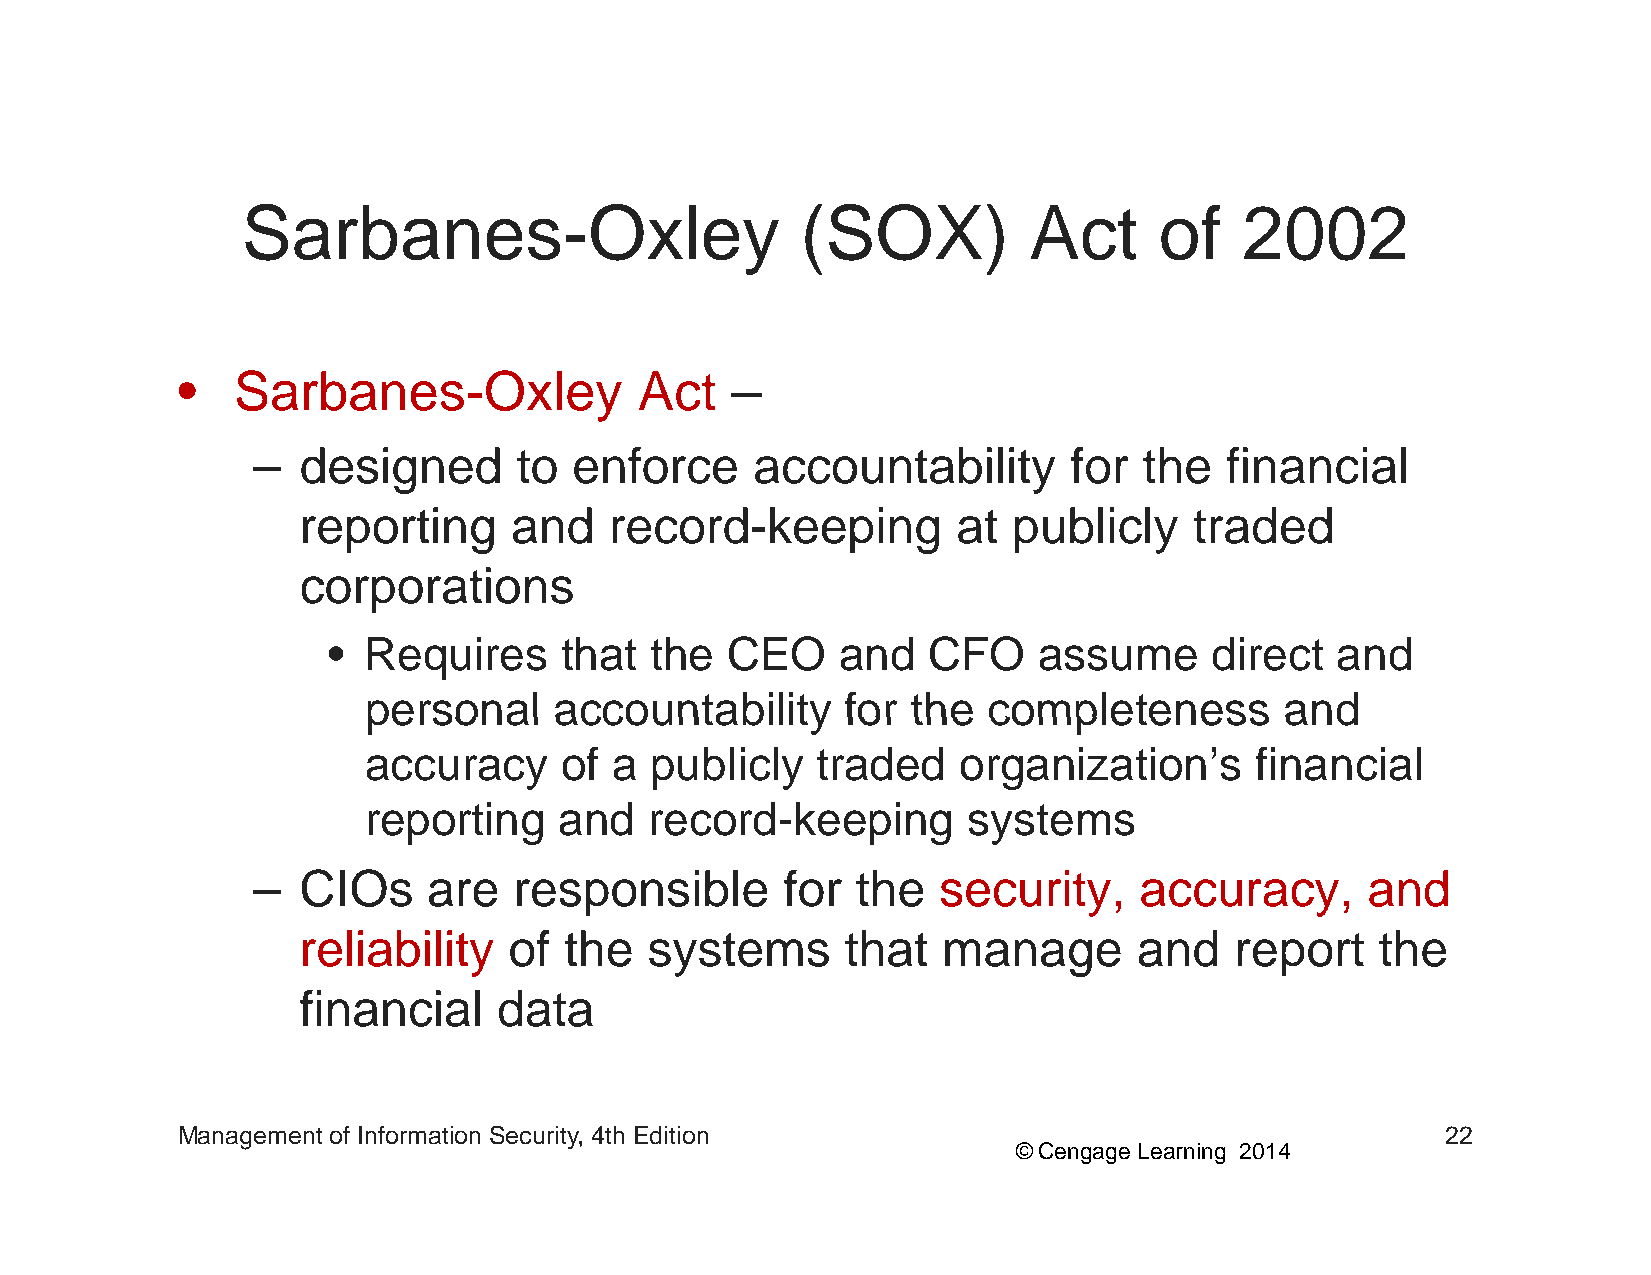
SSaarrbbaanneess-OOxxlleeyy          ((SSOOXX))     AAcctt   ooff 22000022
 •• SSaarrbbaanneess--OOxxlleeyy AAcctt ––
 –  designed      to  enforce     accountability       for  the  financial
 reporting     and   record-keeping         at  publicly    traded
 corporations
 • Requires     that  the  CEO     and  CFO     assume     direct  and
 ppeerrssoonnaall aaccccoouunnttaabbiilliittyy ffoorr tthhee ccoommpplleetteenneessss aanndd
 accuracy     of  a publicly   traded   organization’s      financial
 reporting    and   record-keeping       systems
 –  CCIIOOs are   responsiibblle    ffor tthhe securiitty, accuracy,      andd
 reliability   of the   systems      that  manage       and    report   the
 financial    data
 Management of Information Security, 4th Edition                                     22
 © Cengage Learning 2014